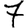
Digit: 7